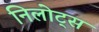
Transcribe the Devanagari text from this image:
निलोट्स